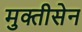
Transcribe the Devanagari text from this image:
मुक्तीसेन